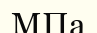
МПа